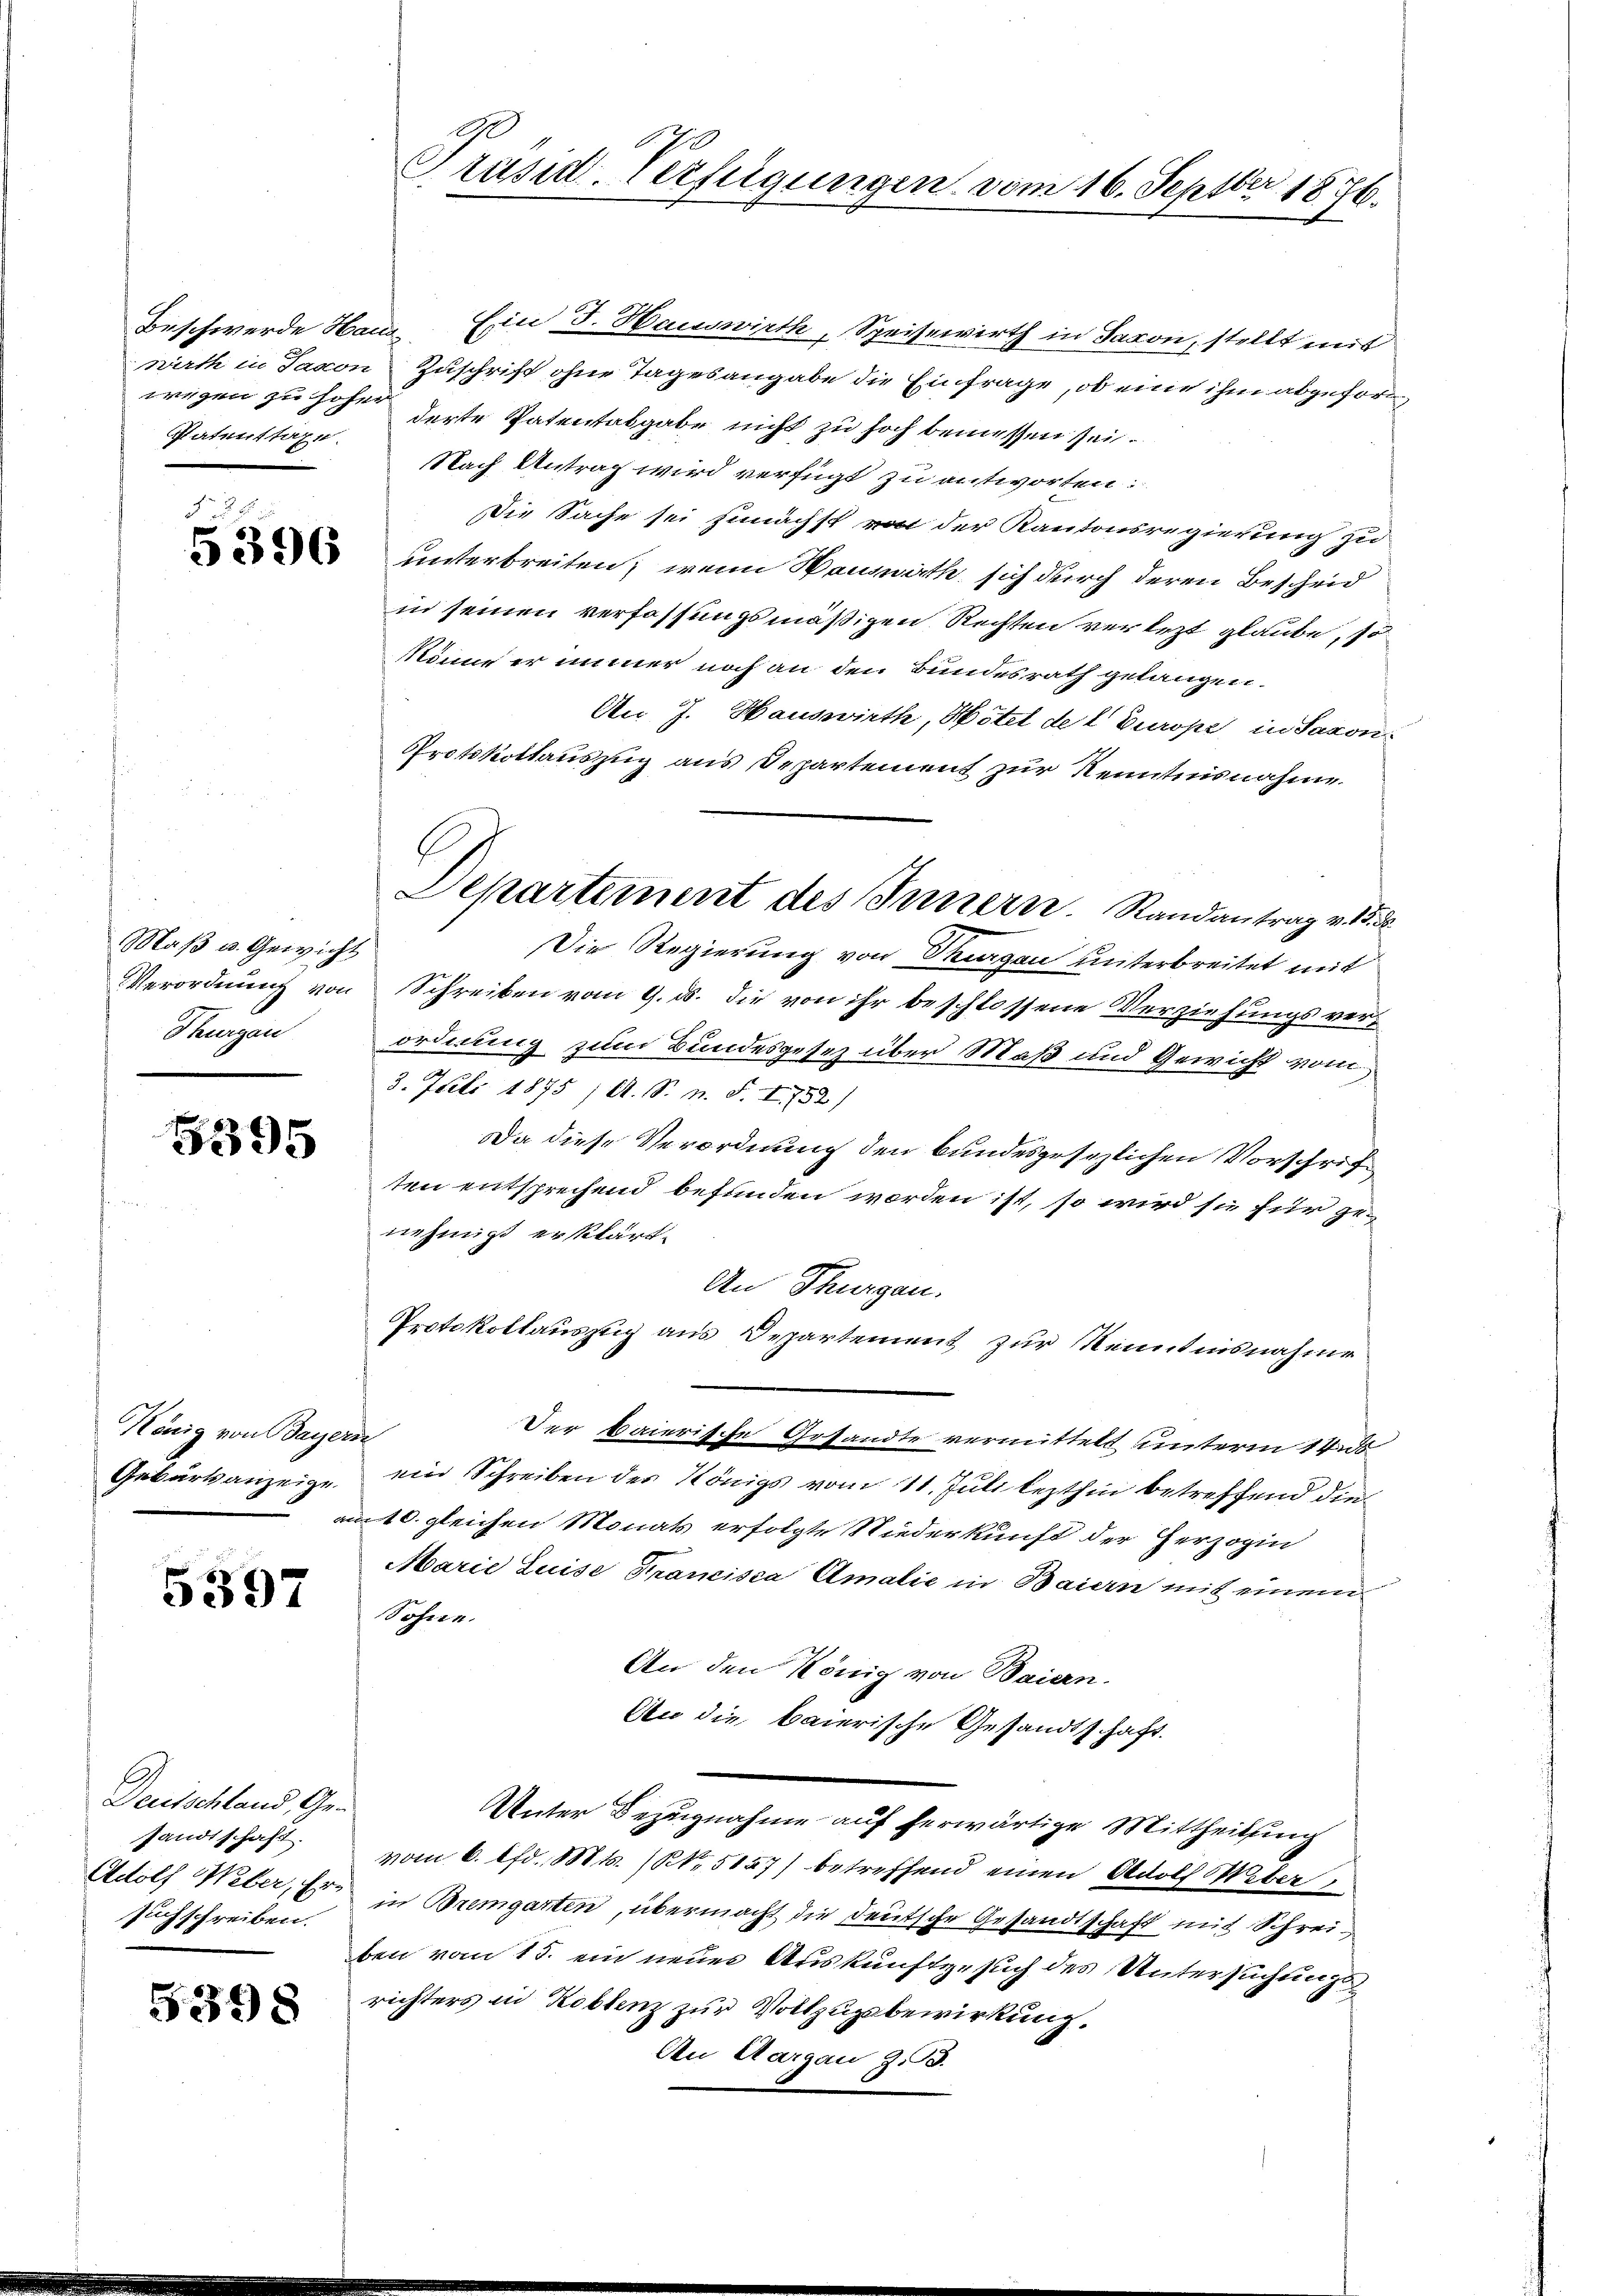
Patenstaxe.

Maß u. Gewicht
Thurgau

5395

König von Bayern

5397

Deutschland, Ge-
sandtschaft.
suchschreiben.

5398

A
Präsid. Verfügungen vom 16. Septbr 1876.

Beschwerde Haus Ein J. Hauswirth, Speisewirth in Saxon, stellt mit
wirth in Jacon Zuschrift ohne Tagesangabe die Einfrage, ob eine ihm abgeford
wegen zu hohenderte Patentabgabe nicht zu hoch bemessen sei.
Nach Antrag wird verfügt zu antworten:
Die Sache sei zunächst von der Kantonsregierung zu
 unterbreiten, wenn Wannath sich durch deren Bescheid
in seinen verfassungsmäßigen Rechten verletzt glaube, so
könne er immer noch an den Bundesrath gelangen.
An J. Hauswirth, Hotel de l Europe, in Saxon
Protokollauszug aus Departement zur Kenntnisnahme
Die Regierung von Thurgau unterbreitet mit
Verordnung von Schreiben vom 9. ds. die von ihr beschlossene Verziehungsverordnung zum Bundesgesetz über Maß und Gewicht vom
3. Juli 1875 / A. S. n. F. I. 752)
Da diese Verordnung den bundesgesezlichen Vorschriften entsprechend befunden worden ist, so wird sie für genehmigt erklärt.
An Thurgau.
Protokollauszug aus Departement zur Kenntnisnahme
Der baierische Gesandte vermittelt unterm 14 de
Geburtsanzeige ein Schreiben der Königs vom 11. Juli lezthin betreffend die
am 10. gleichen Monats erfolgte Niederkunft der Herzogin
Marie Luise Francisca Amalić in Baiern mit einem
Sohne.
An den König von Baiern.
An die baierische Gesandtschaft.
Unter Bezugnahme auf herwärtige Mittheilung
vom 6. d. Mts. (S. 5147) betreffend einen Adolf Weber,
Adolf Weber, Er in Bremgarten, übermacht die deutsche Gesandtschaft mit Schreiben vom 15. ein neuen Auskunftgesuch des Untersuchungsrichters in Koblenz zur Vollzugsbewirkung.
An Aargau z.B.

Departement des Innern. Randantrag v. 15.